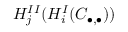
H _ { j } ^ { I I } ( H _ { i } ^ { I } ( C _ { \bullet , \bullet } ) )